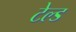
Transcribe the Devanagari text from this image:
टेल्ड